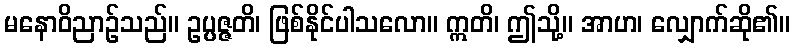
မနောဝိညာဉ်သည်။ ဥပ္ပဇ္ဇတိ၊ ဖြစ်နိုင်ပါသလော။ ဣတိ၊ ဤသို့။ အာဟ၊ လျှောက်ဆို၏။